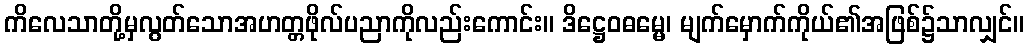
ကိလေသာတို့မှလွတ်သောအဟတ္တဖိုလ်ပညာကိုလည်းကောင်း။ ဒိဋ္ဌေဝဓမ္မေ၊ မျက်မှောက်ကိုယ်၏အဖြစ်၌သာလျှင်။